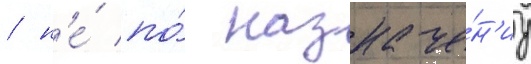
/ н'е́ по́ назначе́н'иу